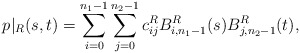
\begin{align*}p\vert_R(s,t)=\sum_{i=0}^{n_1-1}\sum_{j=0}^{n_2-1}c_{ij}^R B_{i,n_1-1}^{R}(s)B_{j,n_2-1}^{R}(t),\end{align*}